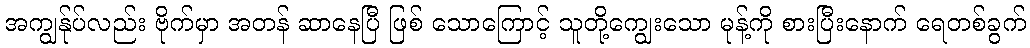
အကျွန်ုပ်လည်း ဗိုက်မှာ အတန် ဆာနေပြီ ဖြစ် သောကြောင့် သူတို့ကျွေးသော မုန့်ကို စားပြီးနောက် ရေတစ်ခွက်